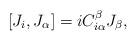
LaTeX: \begin{align*}{[}J_i,J_{\alpha}] = i C_{i\alpha}^{\beta} J_{\beta} ,\end{align*}